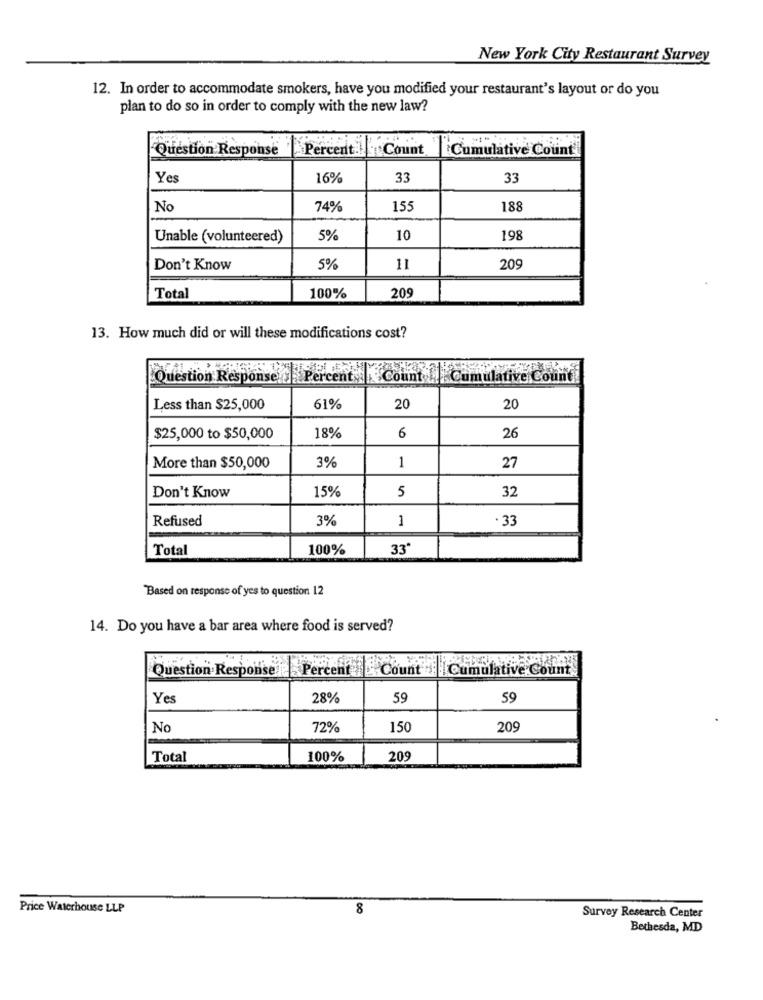
New York City Restaurant Survey
12. In order to accommodate smokers, have you modified your restaurant's layout or do you
plan to do so in order to comply with the new law?
Question Response
Percent .!
Count
Cumulative Count
Yes
16%
33
33
No
74%
15
188
Unable (volunteered)
5%
10
198
Don't Know
5%
11
209
Total
100%
209
13. How much did or will these modifications cost?
Question Response Percent Count " Cumulative Count
Less than $25,000
61%
20
20
$25,000 to $50,000
18%
6
26
3%
More than $50,000
1
27
15%
Don't Know
5
32
Refused
3%
1
· 33
Total
100%
33*
Based on response of yes to question 12
14. Do you have a bar area where food is served?
Question Response Percent
Count : Cumulative Count
Yes
28%
59
59
No
72%
150
209
Total
100%
209
Price Waterhouse LLP
8
Survey Research Center
Bethesda, MD